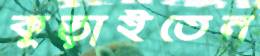
কুড়াইতেন